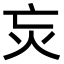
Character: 𭴆